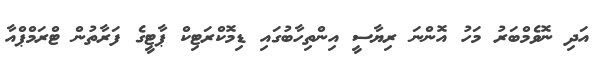
އަދި ނޮވެމްބަރު މަހު އޮންނަ ރިޔާސީ އިންތިހާބުގައި ޑިމޮކްރަޓިކް ޕާޓީގެ ފަރާތުން ޓްރަމްޕްއާ